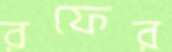
রফের